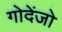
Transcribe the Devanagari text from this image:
गोदेंजो